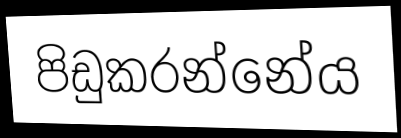
පිඩුකරන්නේය